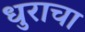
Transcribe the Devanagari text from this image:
धुराचा